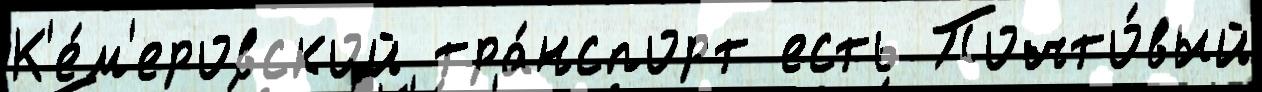
К'е́м'еровской тра́нспорт есть Почто́вый